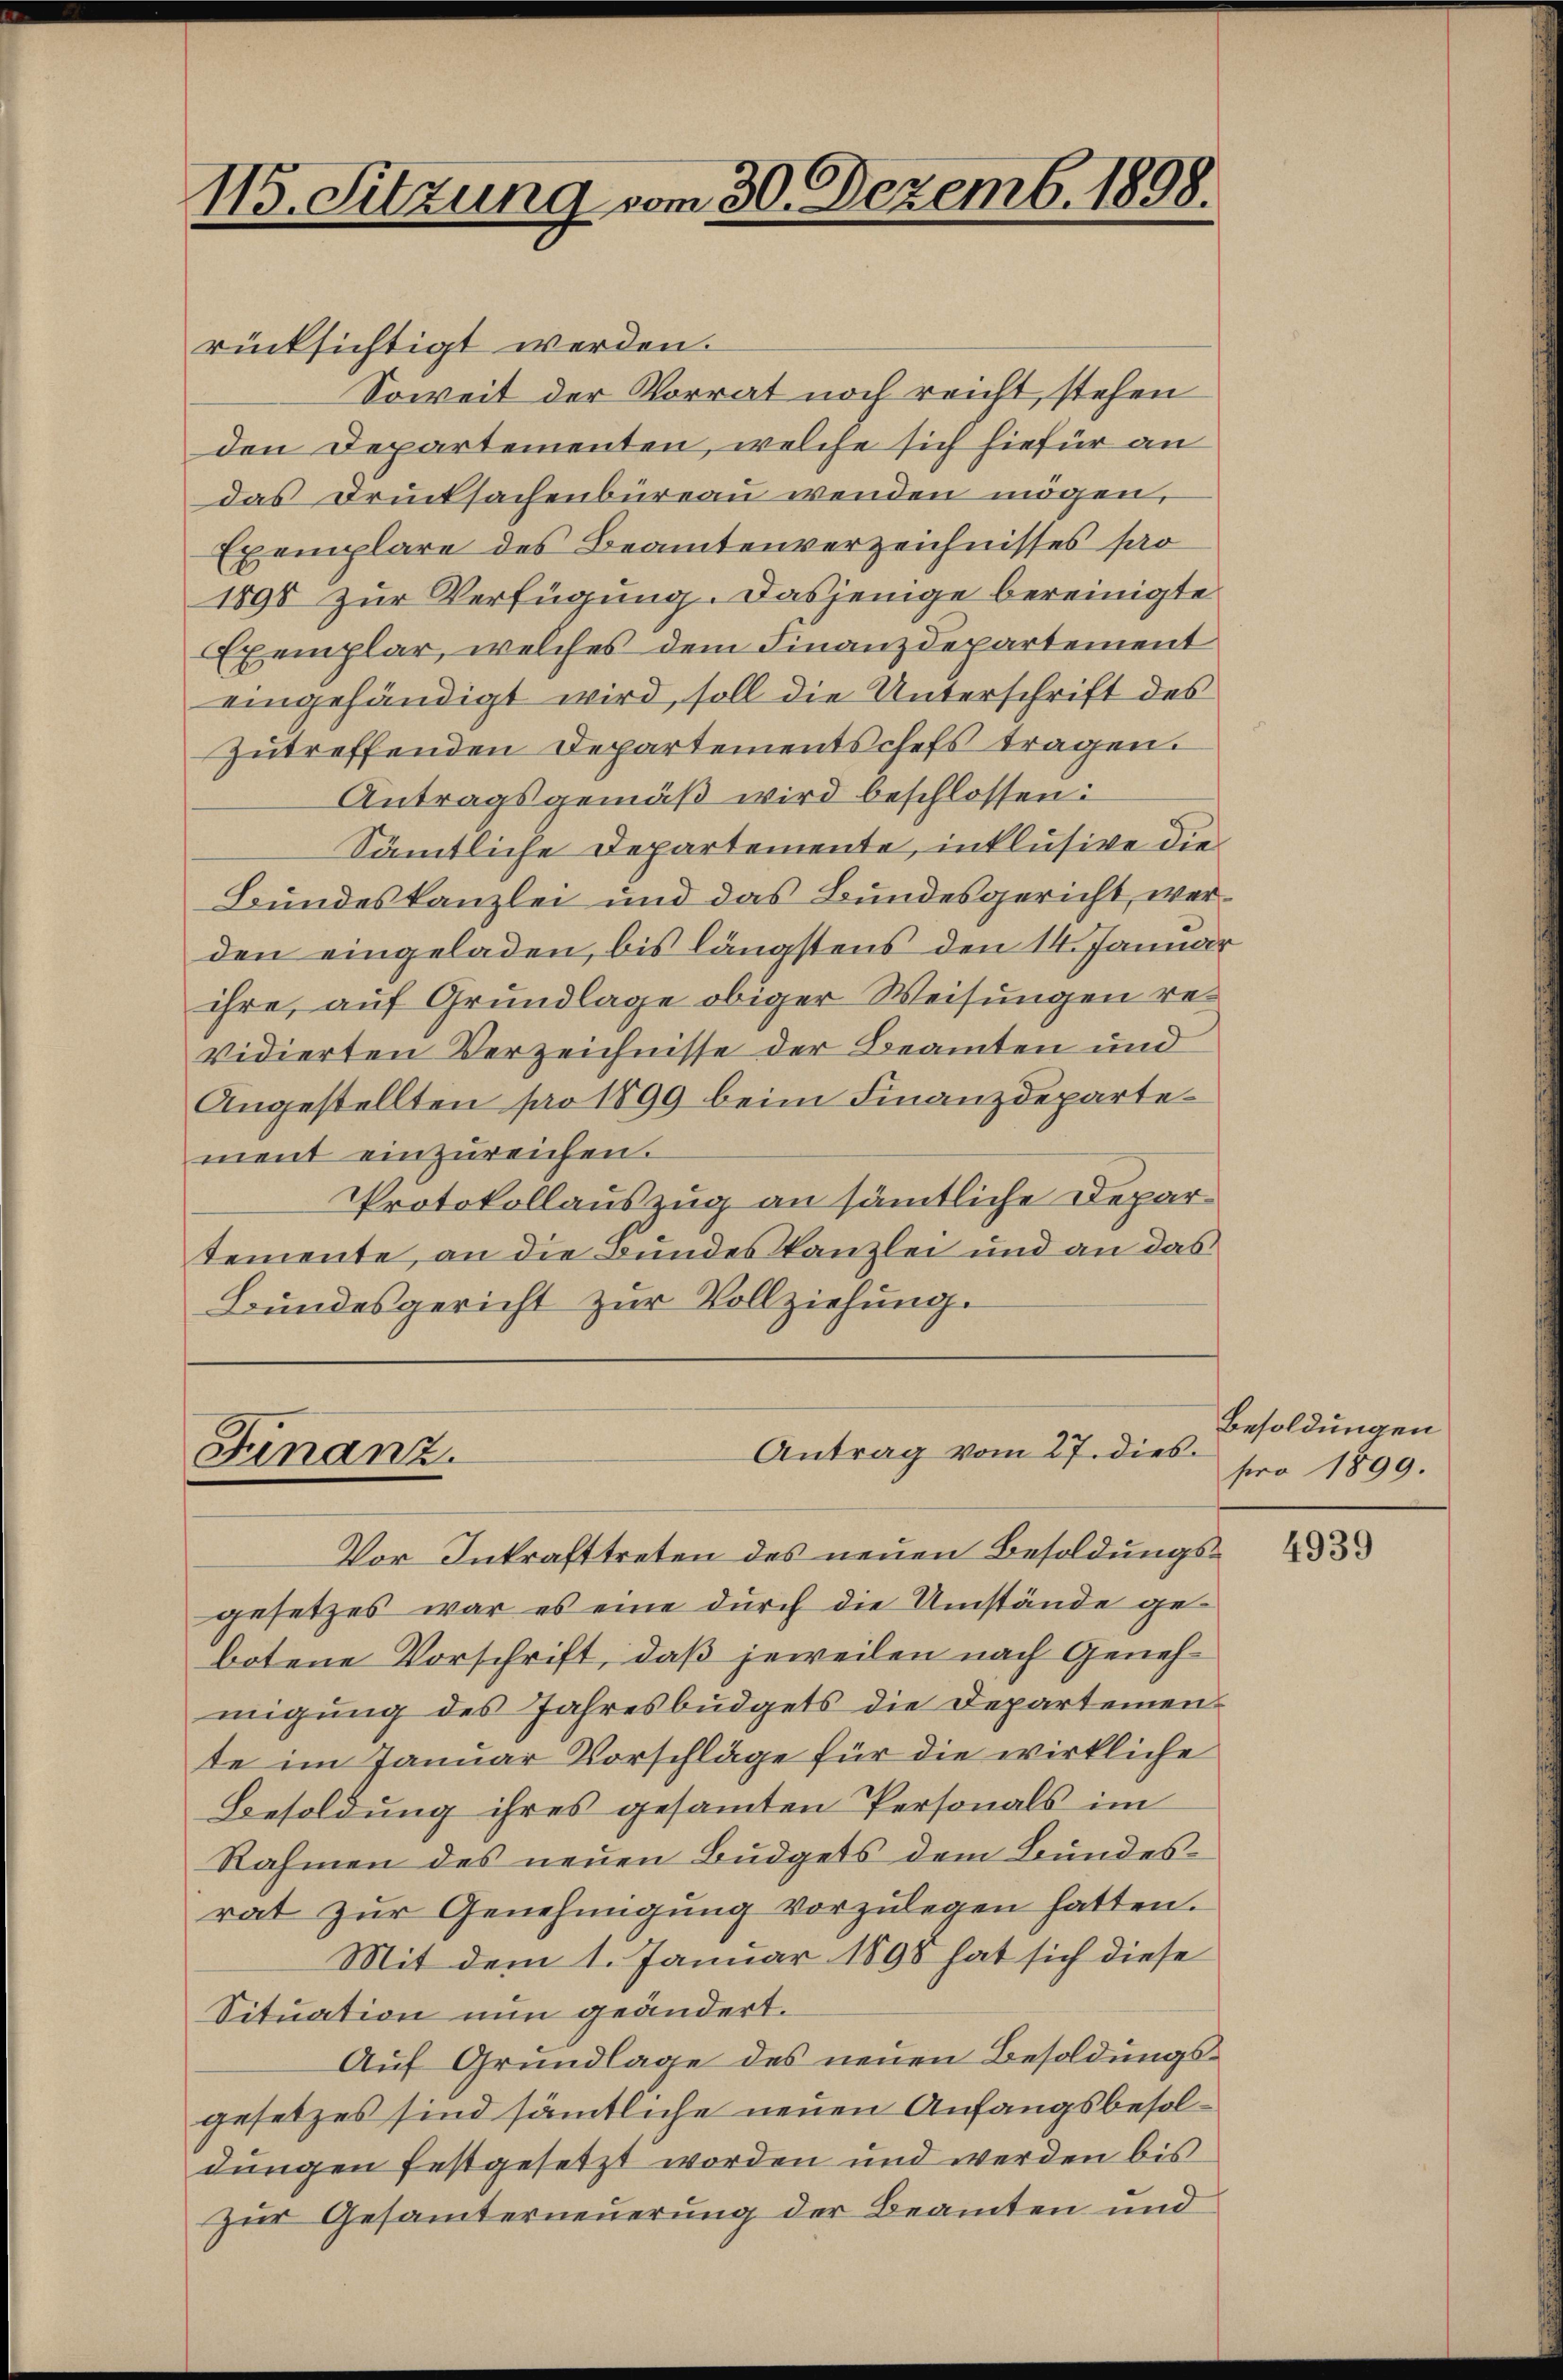
115. Sitzung vom 30. Dezemb. 1898.

rücksichtigt werden.
Soweit der Vorrat noch reicht, stehen
den Departementen, welche sich hiefür an
das Drucksachenbüreau wenden mögen,
Exemplare des Beamtenverzeichnisses sa
1890 zur Verfügung. Dasjenige bereinigte
Exemplar, welches dem Finanzdepartement
eingehändigt wird, soll die Unterschrift des
zutreffenden Departementschefs tragen.
Antragsgemäß wird beschlossen:
Sämmtliche Departemente, inklusive die
Bundeskanzlei und das Bundesgericht werden eingeladen, bis längstens den 14. Januar
ihre, auf Grundlage obiger Weisungen revidierten Verzeichnisse der Beamten und
Angestellten pro 1899 beim Finanzdepartement einzureichen.
Protokollauszug an sämtliche Departemente, an die Bundeskanzlei und an das
Bundesgericht zur Vollziehung.

Vor Inkrafttreten des neuen Besoldungsgesetzes war es eine durch die Umstände gebotene Vorschrift, daß jeweilen nach Genehmigung des Jahresbüdgets die Departemente im Januar Vorschläge für die wirkliche
Besoldung ihres gesamten Personals im
Rahmen des neuen Budgets dem Bundesrat zur Genehmigung vorzulegen hatten.
Mit dem 1. Januar 1895 hat sich diese
Situation nun geändert.
Auf Grundlage des neuen Besoldungsgesetzes sind sämtliche neuen Anfangsbesoldungen festgesetzt worden und werden bis
zur Gesamterneuerung der Beamten und

Antrag vom 27. dies
Finanz

Besoldungen
pro 1899.

4939